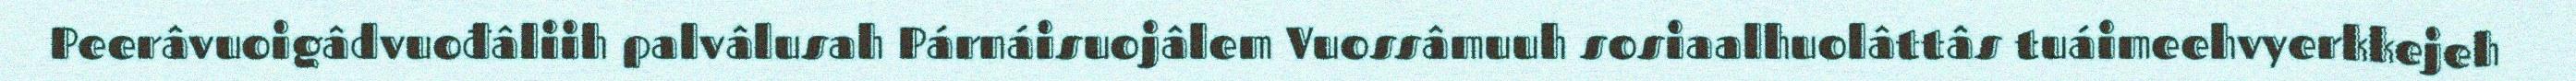
Peerâvuoigâdvuođâliih palvâlusah Párnáisuojâlem Vuossâmuuh sosiaalhuolâttâs tuáimeehvyerkkejeh